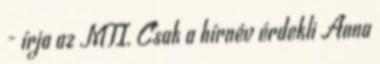
- írja az MTI. Csak a hírnév érdekli Anna